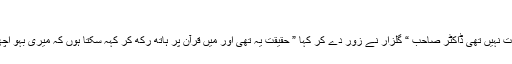
“ کیونکہ بہو
جو بات کہہ رہی تھی ، وہ بات نہیں تھی ڈاکٹر صاحب “ گلزار نے زور دے کر کہا ” حقیقت یہ تھی اور میں قرآن پر ہاتھ رکھ کر کہہ سکتا ہوں کہ میری بہو اچھے کردار کی مالک نہ تھی ۔